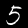
Digit: 5